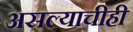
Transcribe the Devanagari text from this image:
असल्याचीही